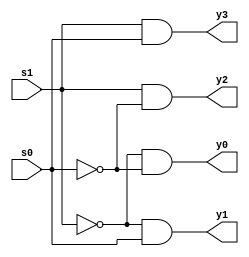
module decoder1de4(input s1,s0, output y0,y1,y2,y3);
	// estructural (o de compuertas)
	// flujo de datos (ecuaciones)
	// de comportamiento (algoritmico)

	// estructural
	wire w0, w1;
	not N0(w0,s0);
	not N1(w1,s1);
	and A3(y3,s1,s0);
	and A2(y2,s1,w0);
	and A1(y1,w1,s0);
	and A0(y0,w1,w0);

endmodule

// simulacion prueba (testbench)
module decoder1de4_TB(); // sin input  y sin output
	reg s1,s0;  // las input se declaran como reg
	wire y0,y1,y2,y3;  // los output se declaran como wire
	
	decoder1de4 U1(s1,s0, y0,y1,y2,y3);  // modulo a simular

	initial begin
		$monitor("%2d:  s1s0=%b%b, y0=%b y1=%b y2=%b y3=%b",$time, s1,s0,y0,y1,y2,y3);
	end
	
	initial begin
		// t=0
		s1=0; s0=0;
		#10  s0=1;
		#10 s1=1; s0=0;
		#10 s0=1;
		#10 $finish;
	end

endmodule